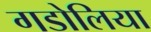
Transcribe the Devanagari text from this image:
गडोलिया